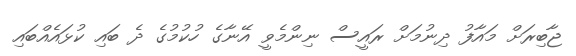
ޖާބިރަށް މައާފު ދިނުމަށް ރައީސް ނިންމެވީ އޭނާގެ ހުކުމުގެ ދެ ބައި ކުޅައެއްބައި